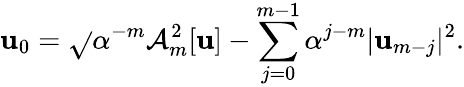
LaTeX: \mathbf{u}_{0}=\sqrt{}{{\alpha^{-m}\mathcal{{A}}_{m}^{2}[\mathbf{u}]-\sum_{j=0}^{m-1}\alpha^{j-m}|\mathbf{u}_{m-j}|^{2}}}.